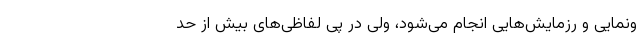
ونمایی و رزمایش‌هایی انجام می‌شود، ولی در پی لفاظی‌های بیش از حد